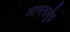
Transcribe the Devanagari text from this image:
आननार्बुद